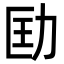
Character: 劻